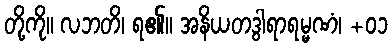
တို့ကို။ လဘတိ၊ ရ၏။ အနိယတဒွါရာရမ္မဏံ၊ +၀၁